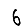
Digit: 6